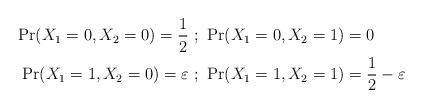
LaTeX: \begin{align*}\Pr(X_1=0,X_2=0)=\frac{1}{2} \ &; \ \Pr(X_1=0,X_2=1)=0\\\Pr(X_1=1,X_2=0)=\varepsilon \ &; \ \Pr(X_1=1,X_2=1)=\frac{1}{2}-\varepsilon\end{align*}